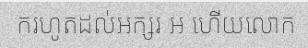
ករហូតដល់អក្សរ អ ហើយលោក